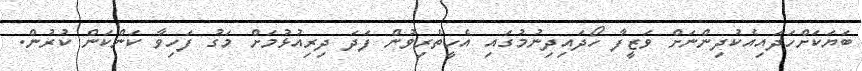
ބަޔަކަށްހަދައިއެކުދިންނަށް ވަޒީފާ ހޯދައިދިނުމުގައި އެހީތެރިވުން ފަދަ ދިރިއުޅުމަށް މަގު ފަހިވާ ކަންކަން ކުރުން.